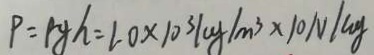
P = \rho g h = 1 0 \times 1 0 ^ { 3 } k g / m ^ { 3 } \times 1 0 N / c g